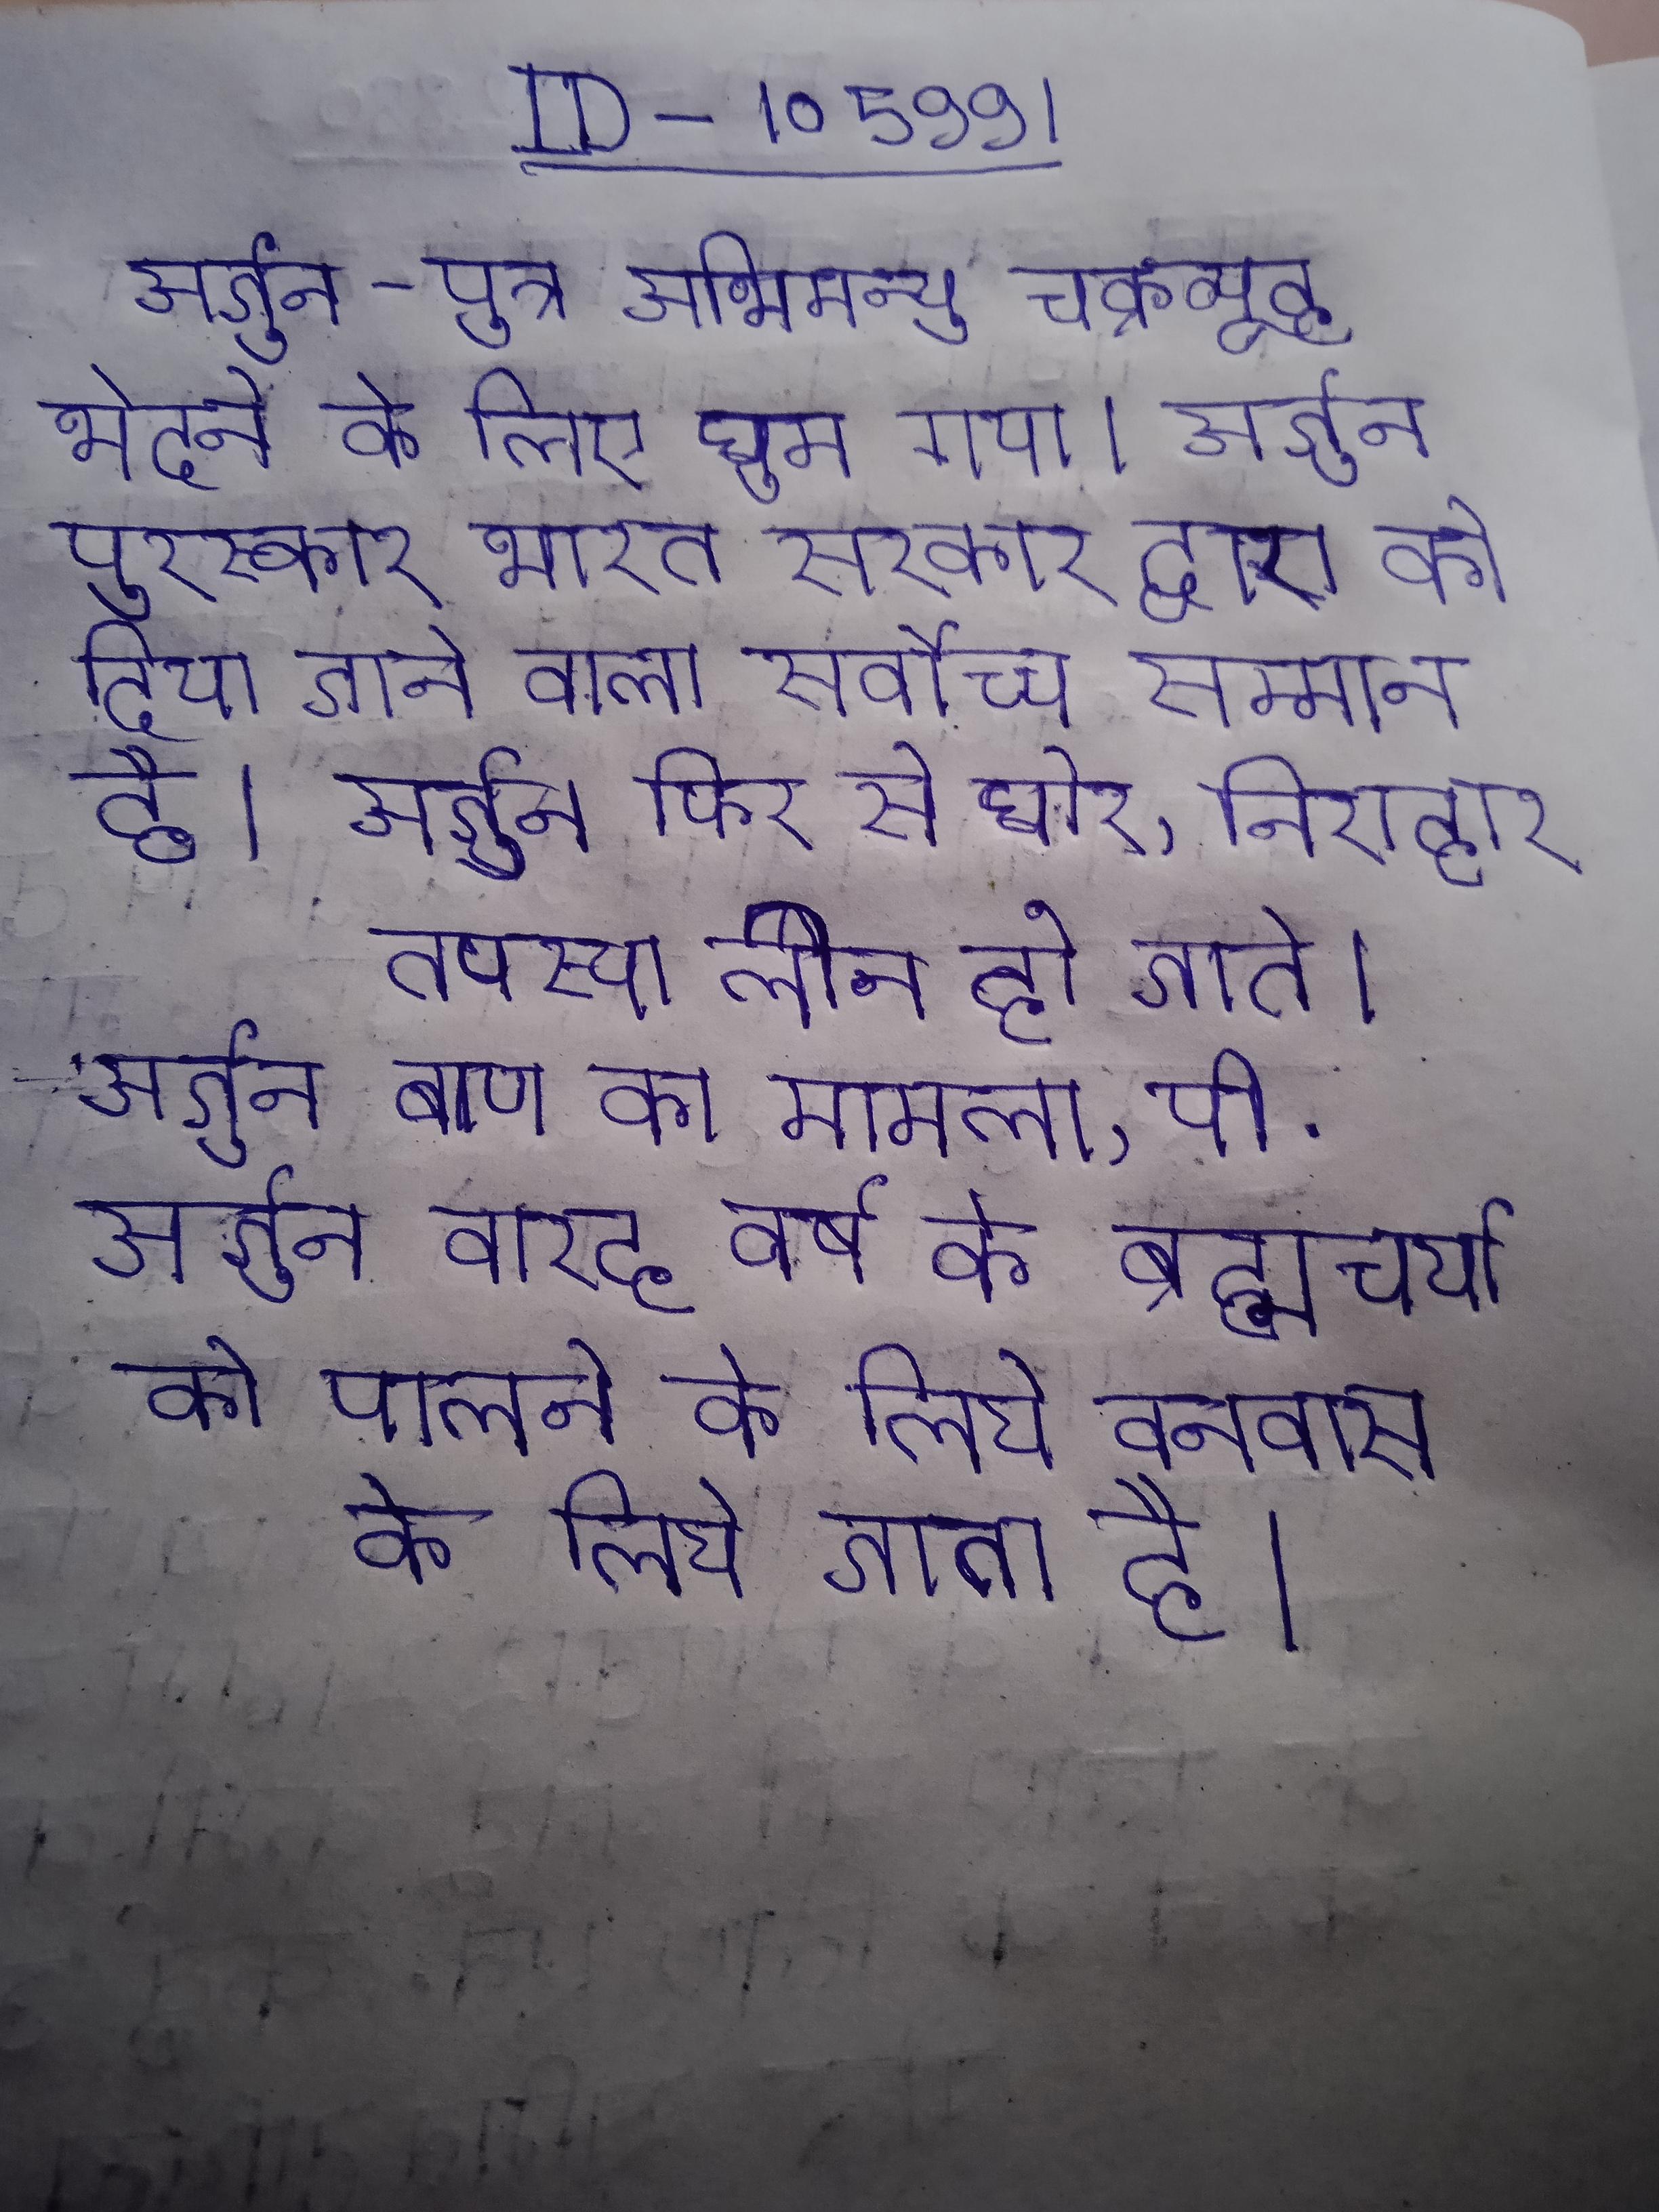
अर्जुन-पुत्र अभिमन्यु चक्रव्यूह भेदने के लिए घुस गया । अर्जुन पुरस्कार भारत सरकार द्वारा को दिया जाने वाला सर्वोच्च सम्मान है । अर्जुन फिर से घोर, निराहार तपस्या लीन हो जाते । अर्जुन बाण का मामला, पी . अर्जुन बारह वर्ष के ब्रह्मचर्या को पालने के लिये वनवास के लिये जाता है ।